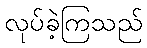
လုပ်ခဲ့ကြသည်